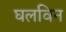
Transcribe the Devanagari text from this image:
घलविन